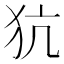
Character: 犺